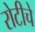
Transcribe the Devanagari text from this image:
रोटीचे